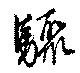
驟